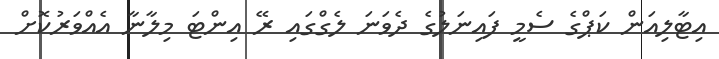
އިޓާލިއަން ކަޕްގެ ސެމީ ފައިނަލުގެ ދެވަނަ ލެގްގައި ރޭ އިންޓަ މިލާނާ އެއްވަރުކޮށް